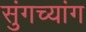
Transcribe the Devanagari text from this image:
सुंगच्यांग